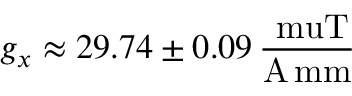
g _ { x } \approx 2 9 . 7 4 \pm 0 . 0 9 \, \frac { \mathrm { \ m u T } } { { \mathrm { A \, m m } } }